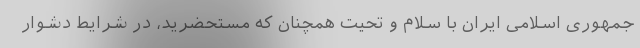
جمهوری اسلامی ایران با سلام و تحیت همچنان که مستحضرید، در شرایط دشوار